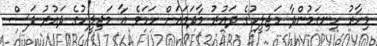
މިހާރު ހިނގަމުންދާ މަޖިލީހުގެ ދައުރު މާދަމައަށް ހަމަވެ އާ މަޖިލީހުގެ ދައުރު ފަސް